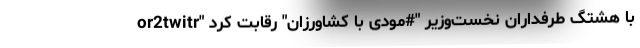
or2twitr" با هشتگ‌ طرفداران نخست‌وزیر "#مودی با کشاورزان" رقابت کرد